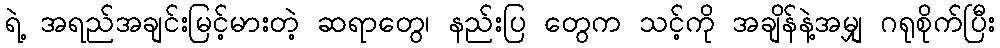
ရဲ့ အရည်အချင်းမြင့်မားတဲ့ ဆရာတွေ၊ နည်းပြ တွေက သင့်ကို အချိန်နဲ့အမျှ ဂရုစိုက်ပြီး